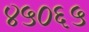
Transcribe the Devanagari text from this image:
४५०६५